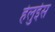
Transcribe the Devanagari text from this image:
हेलुईस